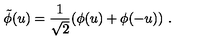
\tilde { \phi } ( u ) = \frac { 1 } { \sqrt { 2 } } ( \phi ( u ) + \phi ( - u ) ) \ .